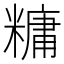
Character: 𫃍